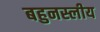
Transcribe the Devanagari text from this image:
बहुनस्लीय